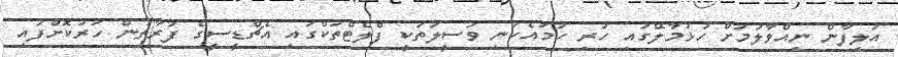
އަލިފާން ނިއްވާލުމަށް ހުޅުމާލޭގައި ހުރި ހަމައެކަނި ވަސީލަތަކީ ފްލެޓްތަކްގައި އެޗްޑީސީގެ ފަރާތުން ހަރުކޮށްފައި